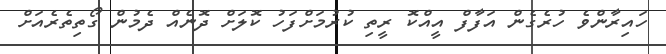
ހައިރާންވެ ހުރެގެން އަފާފް އީއްކޮ ރީތި ކުރުމަށްފަހު ކޮލަށް ދޮނެއް ދެމުން ގޯތިތެރެއަށް